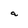
Character: a